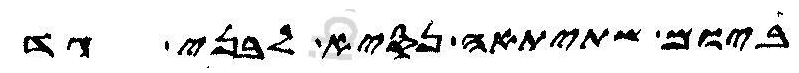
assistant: ביומה שתיתאה נסיא לבני גד